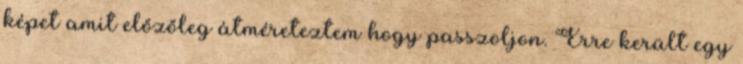
képet amit előzőleg átméreteztem hogy passzoljon. Erre került egy